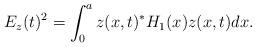
LaTeX: \begin{align*}& E_{z}(t)^2=\int_0^a z(x,t)^*H_1(x)z(x,t)dx.\end{align*}